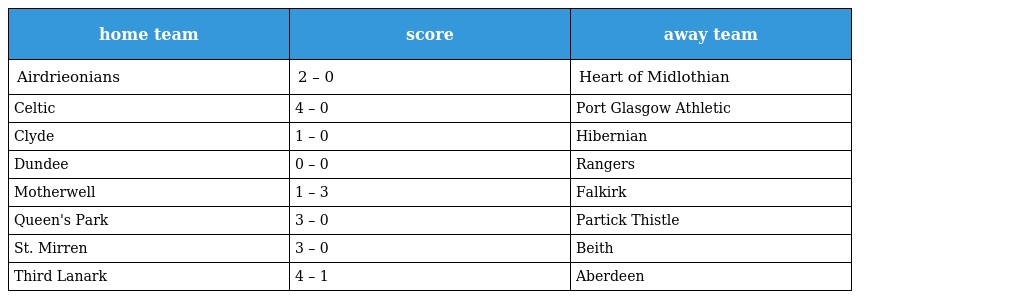
| home team | score | away team |
 | --- | --- | --- |
 | Airdrieonians | 2 – 0 | Heart of Midlothian |
 | Celtic | 4 – 0 | Port Glasgow Athletic |
 | Clyde | 1 – 0 | Hibernian |
 | Dundee | 0 – 0 | Rangers |
 | Motherwell | 1 – 3 | Falkirk |
 | Queen's Park | 3 – 0 | Partick Thistle |
 | St. Mirren | 3 – 0 | Beith |
 | Third Lanark | 4 – 1 | Aberdeen |